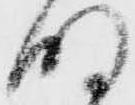
明